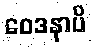
ဝေဒနာပိ